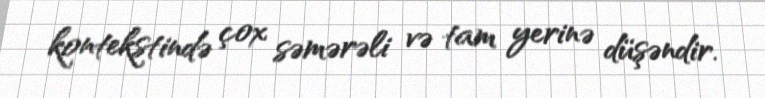
kontekstində çox səmərəli və tam yerinə düşəndir.